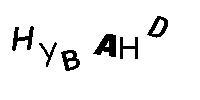
HYBAHD